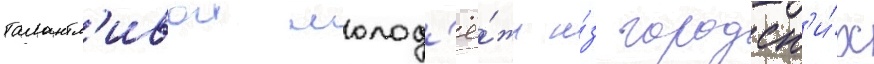
талантл'ивои молод'ё́жи и́з городск'и́х